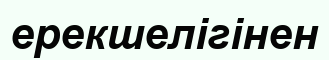
ерекшелігінен